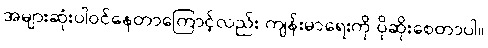
အများဆုံးပါဝင်နေတာကြောင့်လည်း ကျန်းမာရေးကို ပိုဆိုးစေတာပါ။